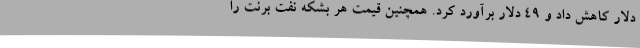
دلار کاهش داد و 49 دلار برآورد کرد. همچنین قیمت هر بشکه نفت برنت را